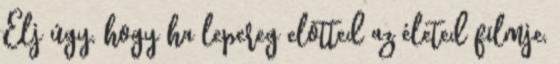
Élj úgy, hogy ha lepereg elõtted az életed filmje,